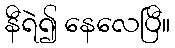
နီရဲ၍ နေလေပြီ။